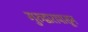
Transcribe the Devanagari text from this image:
गुरुद्वारापासून